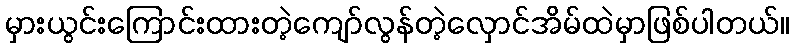
မှားယွင်းကြောင်းထားတဲ့ကျော်လွန်တဲ့လှောင်အိမ်ထဲမှာဖြစ်ပါတယ်။